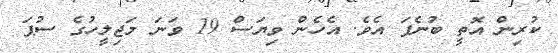
ކުރިން އޮތީ ބުނެފަ އެވެ. އެހެން ވިޔަސް 19 ވަނަ މަޖިލީހުގެ ސުޕަ